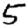
Digit: 5